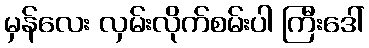
မှန်လေး လှမ်းလိုက်စမ်းပါ ကြီးဒေါ်